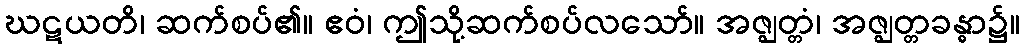
ဃဋယတိ၊ ဆက်စပ်၏။ ဧဝံ၊ ဤသို့ဆက်စပ်လသော်။ အဇ္ဈတ္တံ၊ အဇ္ဈတ္တခန္ဓာ၌။